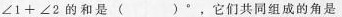
$$∠ 1 + ∠ 2 $$的和是()°，它们共同组成的角是